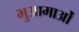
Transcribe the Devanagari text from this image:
भुआमाओं